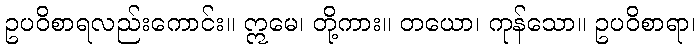
ဥပဝိစာရလည်းကောင်း။ ဣမေ၊ တို့ကား။ တယော၊ ကုန်သော။ ဥပဝိစာရာ၊